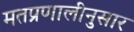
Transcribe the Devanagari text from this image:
मतप्रणालीनुसार